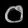
Digit: ၀